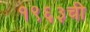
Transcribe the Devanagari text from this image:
१९६३ची